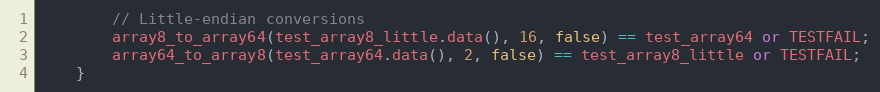
Language: C++
		// Little-endian conversions
		array8_to_array64(test_array8_little.data(), 16, false) == test_array64 or TESTFAIL;
		array64_to_array8(test_array64.data(), 2, false) == test_array8_little or TESTFAIL;
	}